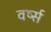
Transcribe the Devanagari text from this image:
वर्ष्स